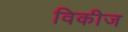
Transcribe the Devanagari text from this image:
विकीज